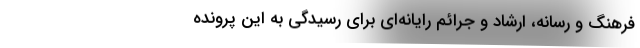
فرهنگ و رسانه، ارشاد و جرائم رایانه‌ای برای رسیدگی به این پرونده